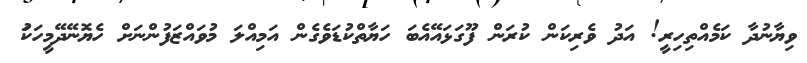
ވިޔާނުދާ ކަމެއްތިހިރީ! އަދު ވެރިކަން ކުރަން ފޫގަޅައޭއެބަ ހަޔާތްކުޑަވެގެން އަމިއްލަ މުވައްޒަފުންނަށް ހެޔޮނޭދޭމީހަކަު